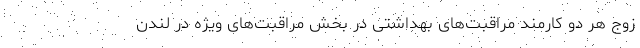
زوج هر دو کارمند مراقبت‌های بهداشتی در بخش مراقبت‌های ویژه در لندن